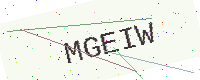
Text: MGEIW